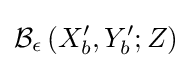
{\mathcal {B}}_{\epsilon }\left(X_{b}^{\prime },Y_{b}^{\prime };Z\right)